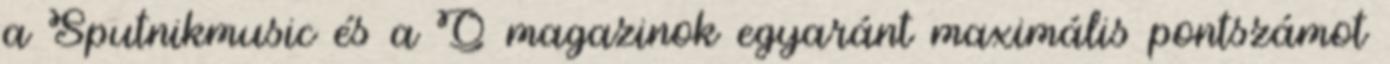
a Sputnikmusic és a Q magazinok egyaránt maximális pontszámot